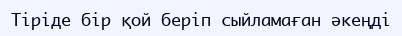
Тіріде бір қой беріп сыйламаған әкеңді